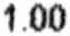
1.00